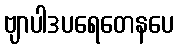
ဗျာပါဒပရေတေနပေ